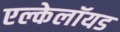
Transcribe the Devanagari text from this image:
एल्केलॉयड